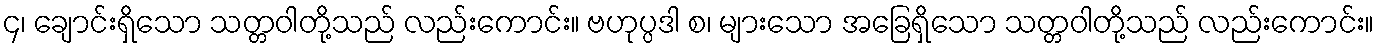
၄၊ ချောင်းရှိသော သတ္တဝါတို့သည် လည်းကောင်း။ ဗဟုပ္ပဒါ စ၊ များသော အခြေရှိသော သတ္တဝါတို့သည် လည်းကောင်း။